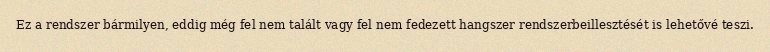
Ez a rendszer bármilyen, eddig még fel nem talált vagy fel nem fedezett hangszer rendszerbeillesztését is lehetővé teszi.